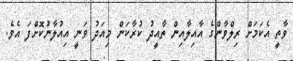
ވާތީ އެކަމަށް ރިލްވާންގެ އާއިލާއިން ތާއީދު ކުރާކަން މިއަދު ވަނީ އިއުލާނުކޮށްފަ އެވެ.